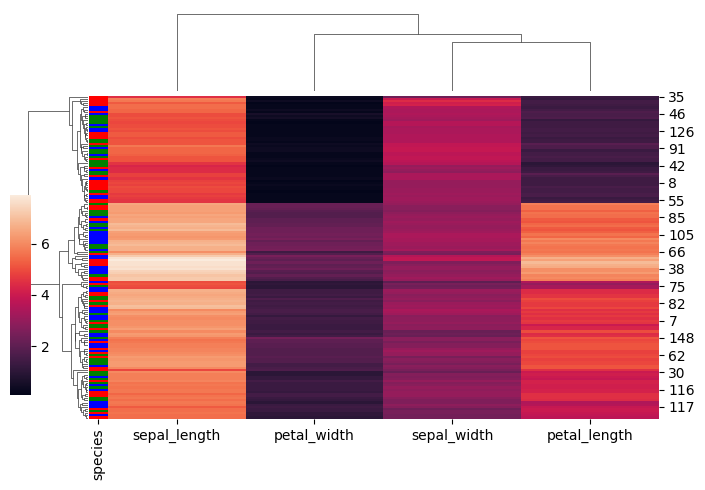
python, seaborn, clustermap, figsize=(7, 5), row_cluster=True, dendrogram_ratio=(0.1, 0.2), cbar_pos=(0, 0.2, 0.03, 0.4)